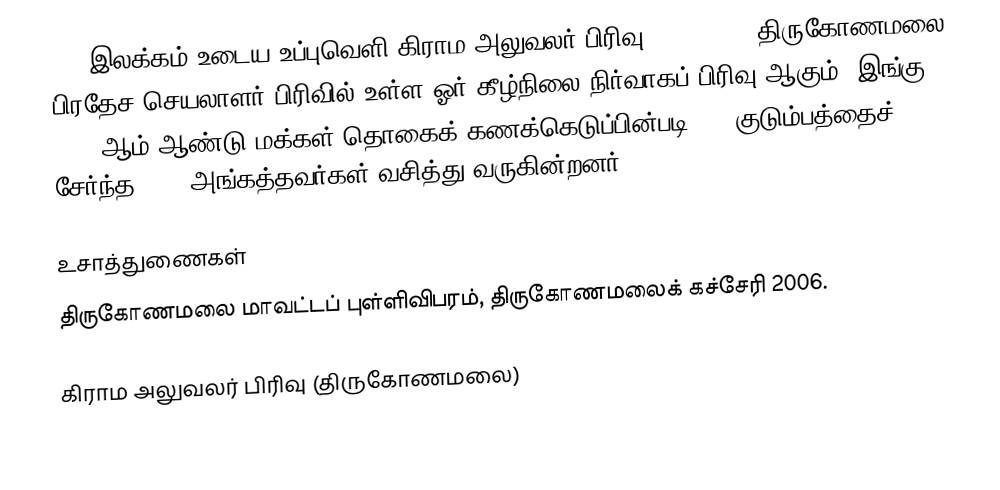
243 இலக்கம்  உடைய உப்புவெளி கிராம அலுவலர் பிரிவு  (Uppuveli) திருகோணமலை பிரதேச செயலாளர் பிரிவில் உள்ள ஓர் கீழ்நிலை நிர்வாகப் பிரிவு ஆகும். இங்கு 2005 ஆம் ஆண்டு மக்கள் தொகைக் கணக்கெடுப்பின்படி 336 குடும்பத்தைச் சேர்ந்த 1332 அங்கத்தவர்கள் வசித்து வருகின்றனர்.

உசாத்துணைகள்
திருகோணமலை மாவட்டப் புள்ளிவிபரம், திருகோணமலைக் கச்சேரி 2006.

கிராம அலுவலர் பிரிவு (திருகோணமலை)